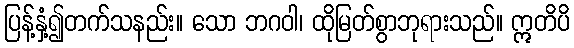
ပြန့်နှံ့၍တက်သနည်း။ သော ဘဂဝါ၊ ထိုမြတ်စွာဘုရားသည်။ ဣတိပိ